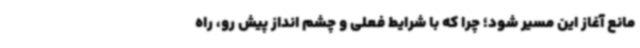
مانع آغاز این مسیر شود؛ چرا که با شرایط فعلی و چشم انداز پیش رو، راه